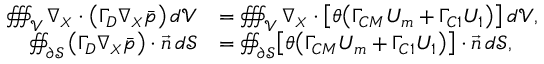
\begin{array} { r l } { \oiiint _ { \mathcal { V } } { \boldsymbol { \nabla _ { \scriptscriptstyle X } } \cdot \left( \boldsymbol { \Gamma _ { D } } \boldsymbol { \nabla _ { \scriptscriptstyle X } } \Bar { p } \right) } \, d \mathcal { V } } & { = \oiiint _ { \mathcal { V } } \boldsymbol { \nabla _ { \scriptscriptstyle X } } \cdot \bigl [ \theta \bigl ( \boldsymbol { \Gamma _ { C M } } \boldsymbol { U _ { m } } + \boldsymbol { \Gamma _ { C 1 } } \boldsymbol { U _ { 1 } } \bigr ) \bigr ] \, d \mathcal { V } , } \\ { \oiint _ { \partial \mathcal { S } } \left( \boldsymbol { \Gamma _ { D } } \boldsymbol { \nabla _ { \scriptscriptstyle X } } \Bar { p } \right) \cdot \vec { \boldsymbol { n } } \, d \mathcal { S } } & { = \oiint _ { \partial \mathcal { S } } \bigl [ \theta \bigl ( \boldsymbol { \Gamma _ { C M } } \boldsymbol { U _ { m } } + \boldsymbol { \Gamma _ { C 1 } } \boldsymbol { U _ { 1 } } \bigr ) \bigr ] \cdot \vec { \boldsymbol { n } } \, d \mathcal { S } , } \end{array}